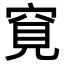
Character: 𥦀